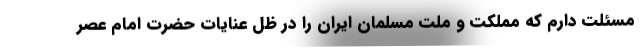
مسئلت دارم که مملکت و ملت مسلمان ایران را در ظل عنایات حضرت امام عصر